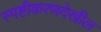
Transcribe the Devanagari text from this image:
स्पष्टीकरणदेखील